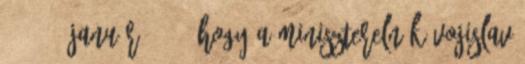
, 2008. január 24. , hogy a miniszterelnök Vojislav